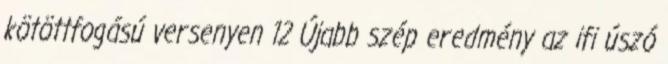
kötöttfogású versenyen 12 Újabb szép eredmény az ifi úszó